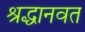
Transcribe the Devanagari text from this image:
श्रद्धानवत